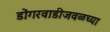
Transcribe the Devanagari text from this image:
डोंगरवाडीजवळच्या